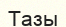
Тазы